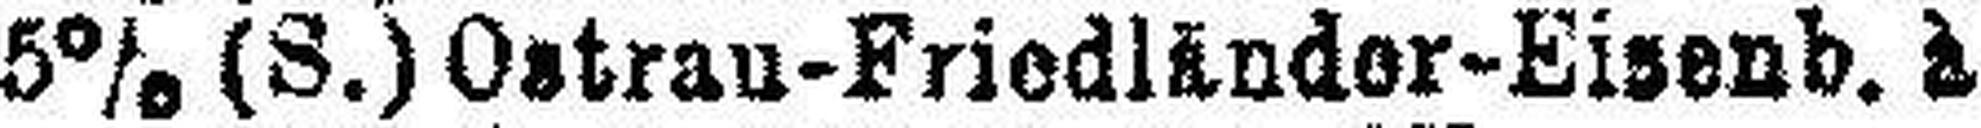
5% (S.) Ostrau-Friedländer-Eisenb. à